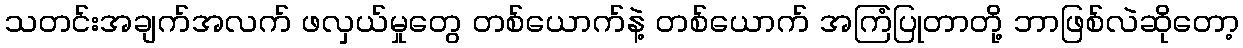
သတင်းအချက်အလက် ဖလှယ်မှုတွေ တစ်ယောက်နဲ့ တစ်ယောက် အကြံပြုတာတို့ ဘာဖြစ်လဲဆိုတော့